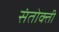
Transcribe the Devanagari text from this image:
संतोक्ती